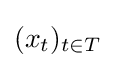
(x_{t})_{t\in T}